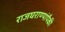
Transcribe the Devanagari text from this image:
राजघराण्यांपैकी